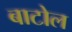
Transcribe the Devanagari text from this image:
बाटोल